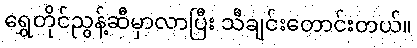
ရွှေတိုင်ညွန့်ဆီမှာလာပြီး သီချင်းတောင်းတယ်။